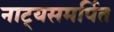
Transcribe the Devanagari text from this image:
नाट्यसमर्पित